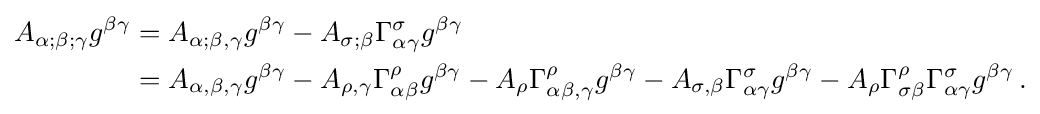
{\begin{aligned}A_{\alpha ;\beta ;\gamma }g^{\beta \gamma }&=A_{\alpha ;\beta ,\gamma }g^{\beta \gamma }-A_{\sigma ;\beta }\Gamma _{\alpha \gamma }^{\sigma }g^{\beta \gamma }\\&=A_{\alpha ,\beta ,\gamma }g^{\beta \gamma }-A_{\rho ,\gamma }\Gamma _{\alpha \beta }^{\rho }g^{\beta \gamma }-A_{\rho }\Gamma _{\alpha \beta ,\gamma }^{\rho }g^{\beta \gamma }-A_{\sigma ,\beta }\Gamma _{\alpha \gamma }^{\sigma }g^{\beta \gamma }-A_{\rho }\Gamma _{\sigma \beta }^{\rho }\Gamma _{\alpha \gamma }^{\sigma }g^{\beta \gamma }\,.\end{aligned}}